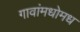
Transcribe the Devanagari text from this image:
गावांमधोमध